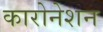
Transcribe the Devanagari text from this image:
कारोनेशन